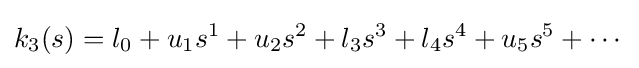
k_{3}(s)=l_{0}+u_{1}s^{1}+u_{2}s^{2}+l_{3}s^{3}+l_{4}s^{4}+u_{5}s^{5}+\cdots